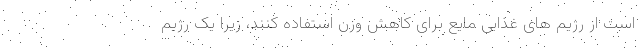
است از رژیم های غذایی مایع برای کاهش وزن استفاده کنند، زیرا یک رژیم